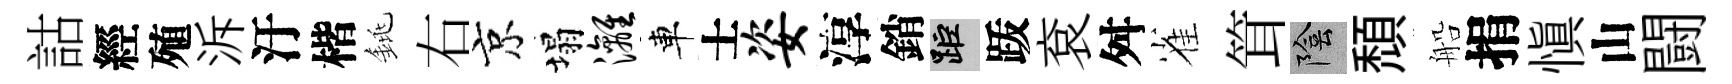
詁經殖泝汙楷銚右京塌漓車士姿淳銷距䟦袞舛雀䇯陰頹船捐慎山闘